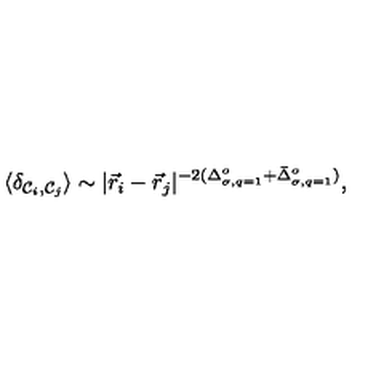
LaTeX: \langle \delta _ { { \cal { C } } _ { i } , { \cal { C } } _ { j } } \rangle \sim | { \vec { r } } _ { i } - { \vec { r } } _ { j } | ^ { - 2 ( \Delta _ { \sigma , q = 1 } ^ { o } + { \bar { \Delta } } _ { \sigma , q = 1 } ^ { o } ) } ,